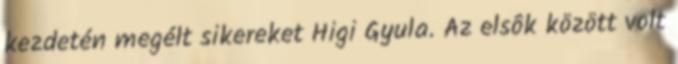
kezdetén megélt sikereket Higi Gyula. Az elsôk között volt